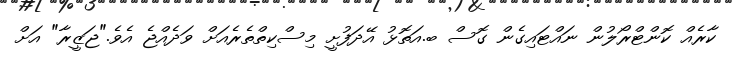
ކާރެއް ކޮންޓްރޯލުން ނައްޓައިގެން ގޮސް ބ.އަތޮޅު އޭދަފުށީ މިސްކިތްތެރެއަށް ވަދެއްޖެ އެވެ."ޖަޒީރާ" އަށް